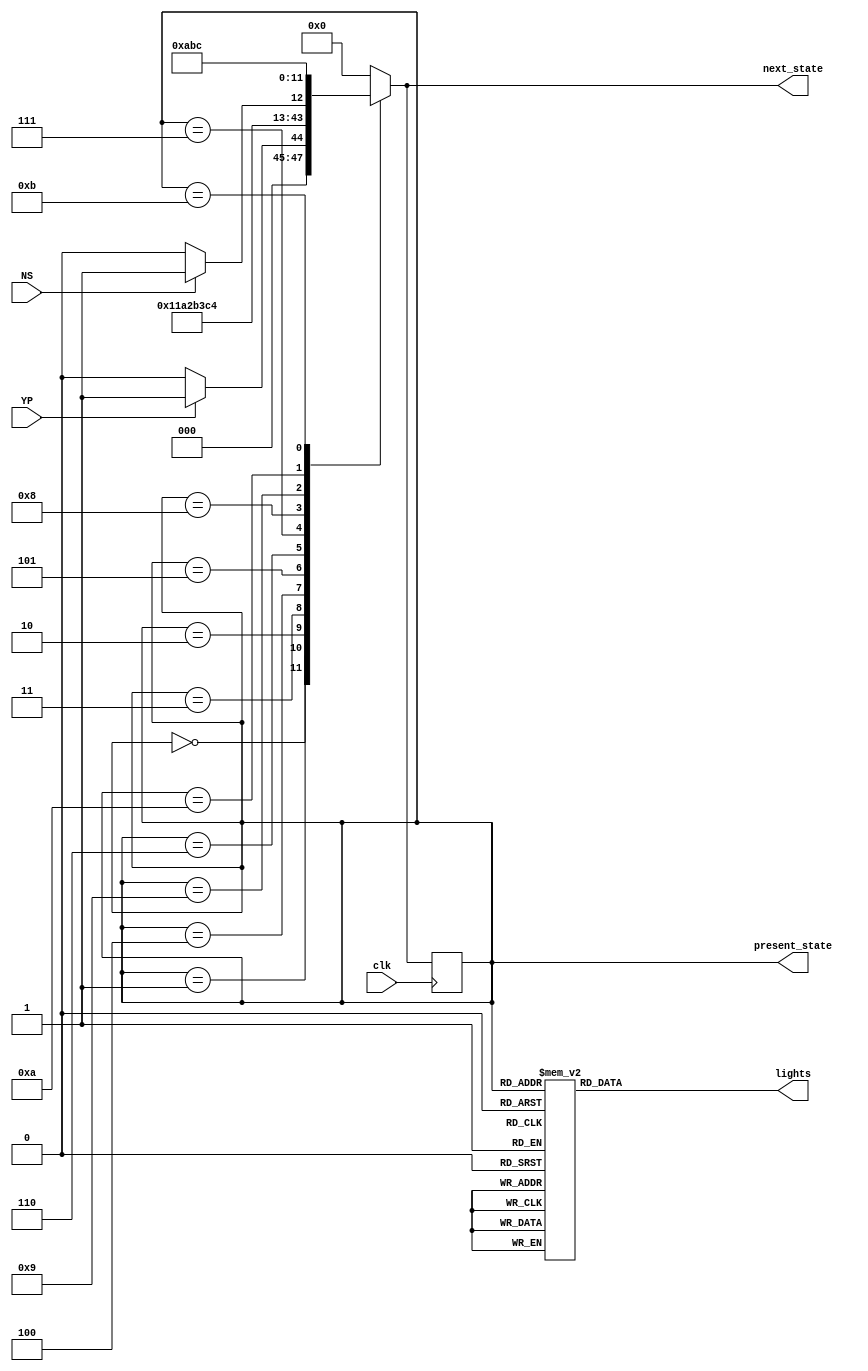
module hawk_controller(
    input clk, input YP, input NS, output reg [3:0] lights, output reg [3:0] present_state, output reg [3:0] next_state
);

parameter S0  = 4'b0000, S1  = 4'b0001, S2  = 4'b0010, S3  = 4'b0011, S4  = 4'b0100, S5  = 4'b0101, S6  = 4'b0110, S7  = 4'b0111, S8  = 4'b1000,
S9  = 4'b1001, S10 = 4'b1010, S11 = 4'b1011, S12 = 4'b1100;

always @(posedge clk)
    present_state <= next_state;
   
//Defining the next state
always @(present_state or YP or NS)
 
    case(present_state)
    S0: if(YP) next_state = S1;
          else next_state = S0;
    S1: next_state = S2;
    S2: next_state = S3;
    S3: next_state = S4;
    S4: next_state = S5;
    S5: next_state = S6;
    S6: next_state = S7;
    S7: next_state = S8;
    S8: if(NS)next_state = S9;
          else next_state = S8;
    S9: next_state = S10;
    S10: next_state = S11;
    S11: next_state = S12;
    S12: next_state = S0;
    default: next_state = S0;
  endcase
  
 
always @(present_state)
    case(present_state)
        S0:     lights <= 12'h00;
        S1:     lights <= 12'h2A;
        S2:     lights <= 12'h32;
        S3:     lights <= 12'h4A;
        S4:     lights <= 12'h52;
        S5:     lights <= 12'h6A;
        S6:     lights <= 12'h7A;
        S7:     lights <= 12'h86;
        S8:     lights <= 12'h95;
        S9:     lights <= 12'hA4;
        S10:    lights <= 12'hB2;
        S11:    lights <= 12'hC4;
        S12:    lights <= 12'h02;
     
        default: lights <= 12'h0000;
        endcase
endmodule